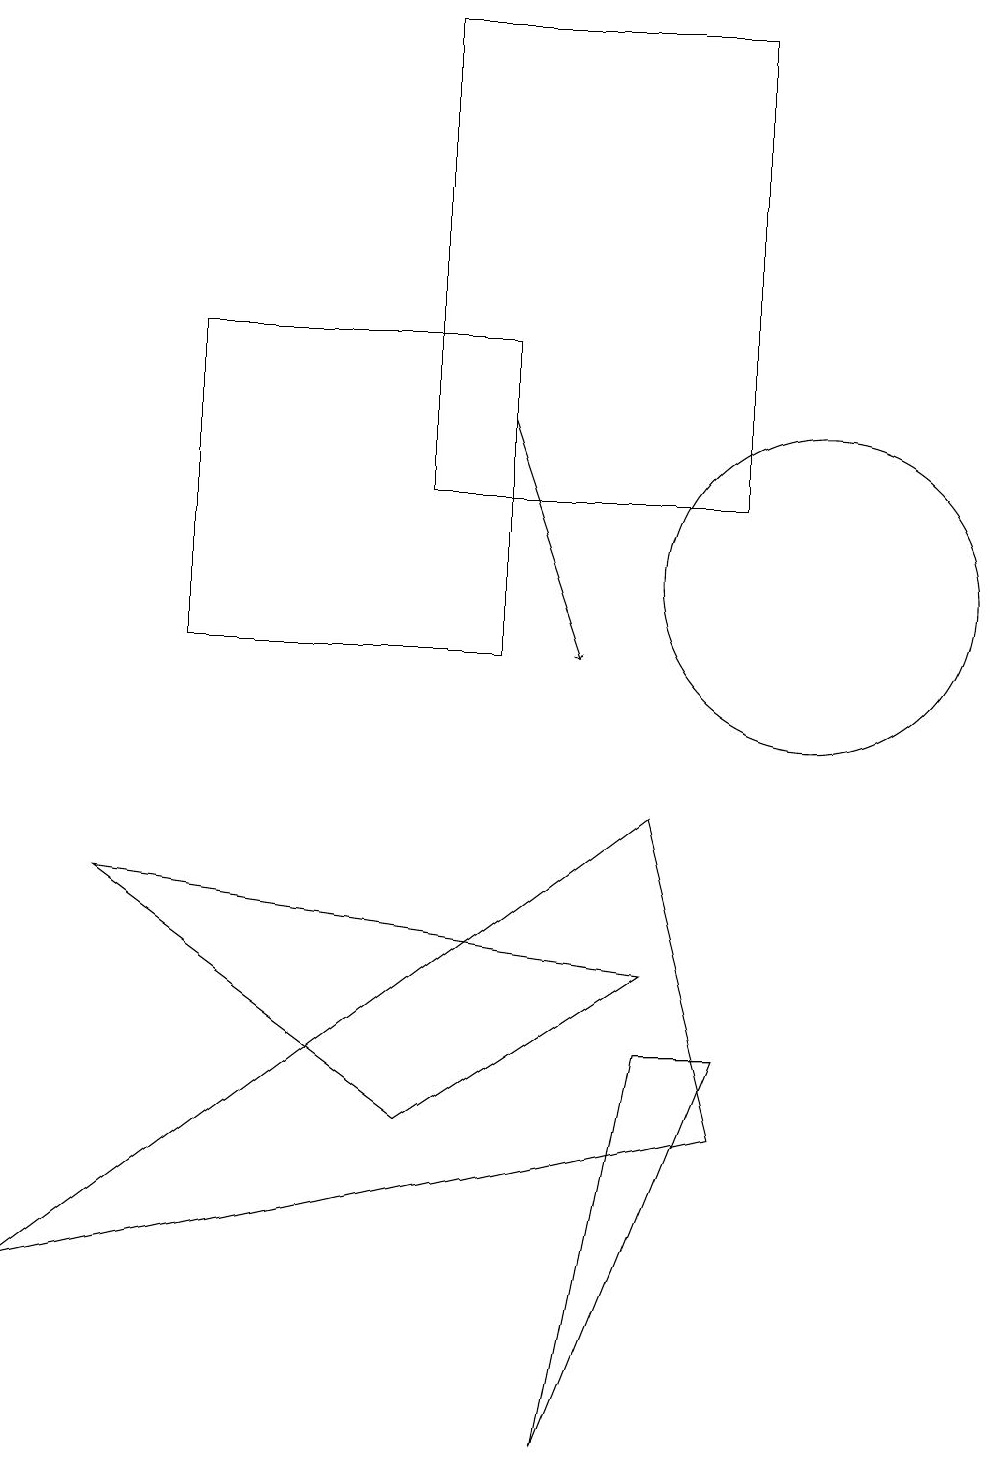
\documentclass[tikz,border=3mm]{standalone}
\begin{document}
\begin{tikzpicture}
\draw (7,0) -- (9,5) -- (8,5) -- cycle;
\draw (5,18) rectangle (9,12);
\draw[->] (6,13) -- (7,10);
\draw (9,4) -- (8,8) -- (0,2) -- cycle;
\draw (8,6) -- (1,7) -- (5,4) -- cycle;
\draw (10,11) circle (2);
\draw (6,14) rectangle (2,10);
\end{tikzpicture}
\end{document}